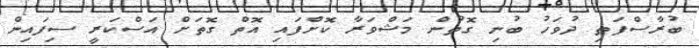
ބުރާސްފަތި ދުވަހު ބުނި ގޮތުން މަޝްވަރާ ކޮށްފައި އޮތް ގޮތަށް އަސްކަރީ ސިފައިން